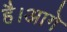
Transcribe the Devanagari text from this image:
है।आगे